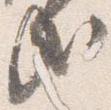
哉